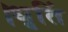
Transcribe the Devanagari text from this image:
।धृतिं